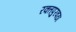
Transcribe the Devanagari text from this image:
रक्‍तपुरवठा